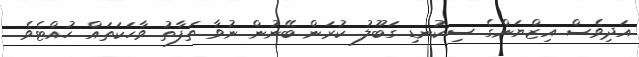
އަދިވެސް އިޒްޔަންގެ ސިކުނޑި ގަބޫލު ކުރަން ބޭނުން ނުވާ ތަފާތު ވާހަކަތައް ހުއްޓެވެ.